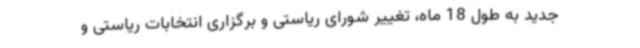
جدید به طول 18 ماه، تغییر شورای ریاستی و برگزاری انتخابات ریاستی و